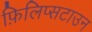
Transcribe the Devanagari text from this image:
फ़िलिप्सटाउन